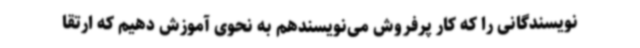
نویسندگانی را که کار پرفروش می‌نویسندهم به نحوی آموزش دهیم که ارتقا